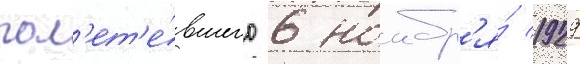
пол'ет'е́вшего 6 ноабр'я́ 1929